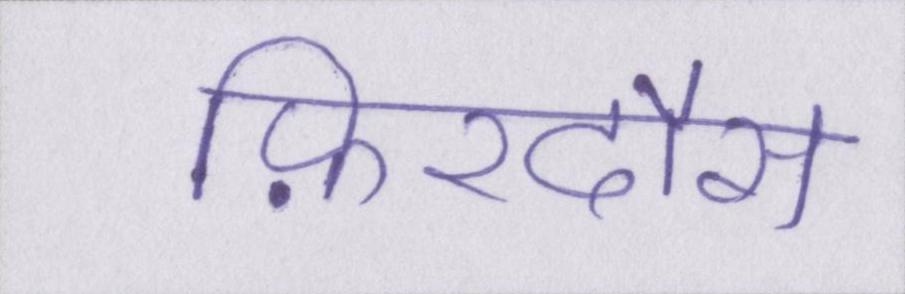
फ़िरदौस